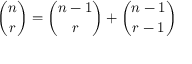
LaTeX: { \binom { n } { r } } = { \binom { n - 1 } { r } } + { \binom { n - 1 } { r - 1 } }